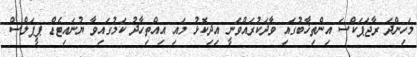
މަހިންދަ ރާޖަޕަކްސަ އިންތިޚާބުގައި ވާދަކުރައްވަނީ އިދިކޮޅު މައި އިއްތިހާދު ކަމުގައިވާ ޔުނައިޓެޑް ޕީޕަލްސް